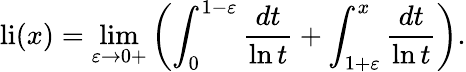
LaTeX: \operatorname{li}(x)=\operatorname*{lim}_{\varepsilon\to 0+}\left(\int_{0}^{1-\varepsilon}{\frac{dt}{\ln t}}+\int_{1+\varepsilon}^{x}{\frac{dt}{\ln t}}\right).